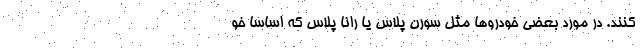
کنند. در مورد بعضی خودروها مثل سورن پلاس یا رانا پلاس که اساسا خو